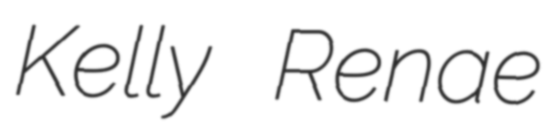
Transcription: Kelly Renae